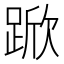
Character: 𮛧